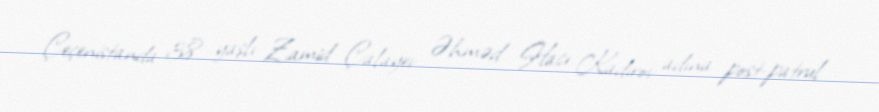
Çeçenistanda 38 yaşlı Zamid Çalayev Əhməd Hacı Kadırov adına post-patrul